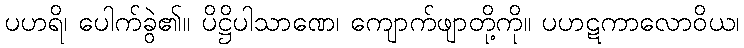
ပဟရိ၊ ပေါက်ခွဲ၏။ ပိဋ္ဌိပါသာဏေ၊ ကျောက်ဖျာတို့ကို။ ပဟဋကာလောဝိယ၊